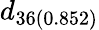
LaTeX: d_{36(0.852)}